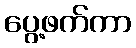
ပွေ့ဖက်ကာ